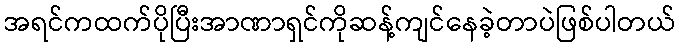
အရင်ကထက်ပိုပြီးအာဏာရှင်ကိုဆန့်ကျင်နေခဲ့တာပဲဖြစ်ပါတယ်